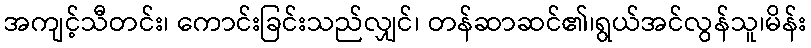
အကျင့်သီတင်း၊ ကောင်းခြင်းသည်လျှင်၊ တန်ဆာဆင်၏၊ရွယ်အင်လွန်သူ၊မိန်း